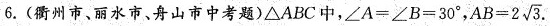
6.(衢州市、丽水市、舟山市中考题)\bigtriangleup ABC中，$$\angle A = \angle B = 3 0°$$， $$A B = 2 \sqrt { 3 }$$